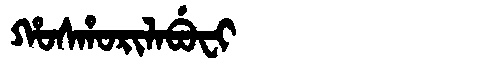
Manchu: ᡥᠣᠰᡥᠣᡵᡳᠯᠠᠪᡠᠸᡳ
Romanization: HOSHORILABUFI